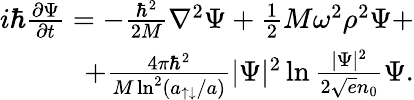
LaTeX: \begin{array}{r}{i\hbar\frac{\partial\Psi}{\partial t}=-\frac{\hbar^{2}}{2M}\nabla^{2}\Psi+\frac 12M\omega^{2}\rho^{2}\Psi+}\\ {+\frac{4\pi\hbar^{2}}{M\ln^{2}(a_{\uparrow\downarrow}/a)}|\Psi|^{2}\ln\frac{|\Psi|^{2}}{2{\sqrt e}n_{0}}\Psi.}\end{array}